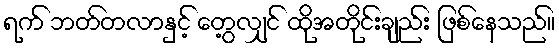
ရက် ဘတ်တလာနှင့် တွေ့လျှင် ထိုအတိုင်းချည်း ဖြစ်နေသည်။